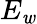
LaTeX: E_{\mathit{w}}